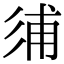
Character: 𢒏